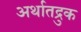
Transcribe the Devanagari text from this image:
अर्थातद्रुक